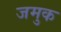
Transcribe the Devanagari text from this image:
जमुक